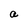
Character: a